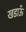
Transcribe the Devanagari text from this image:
खडाऊँ